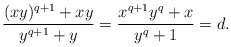
\begin{align*}\frac{(xy)^{q+1} + xy}{y^{q+1} + y} = \frac{x^{q+1}y^q + x}{y^{q} + 1} = d.\end{align*}